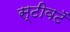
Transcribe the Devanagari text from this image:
स्टीवटॅ